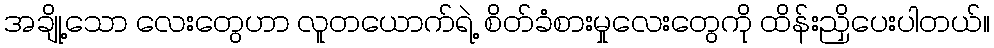
အချို့သော လေးတွေဟာ လူတယောက်ရဲ့ စိတ်ခံစားမှုလေးတွေကို ထိန်းညှိပေးပါတယ်။